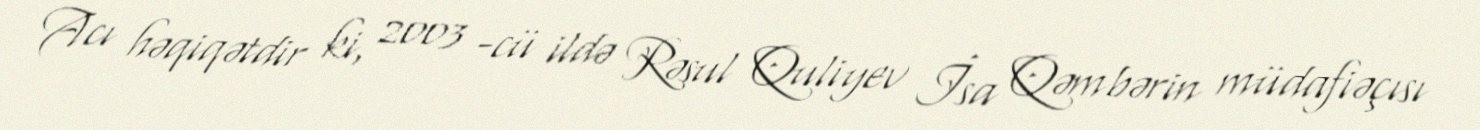
Acı həqiqətdir ki, 2003 -cü ildə Rəsul Quliyev İsa Qəmbərin müdafiəçısı